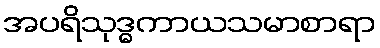
အပရိသုဒ္ဓကာယသမာစာရာ